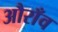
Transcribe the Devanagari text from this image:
औराँव